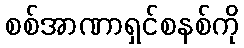
စစ်အာဏာရှင်စနစ်ကို